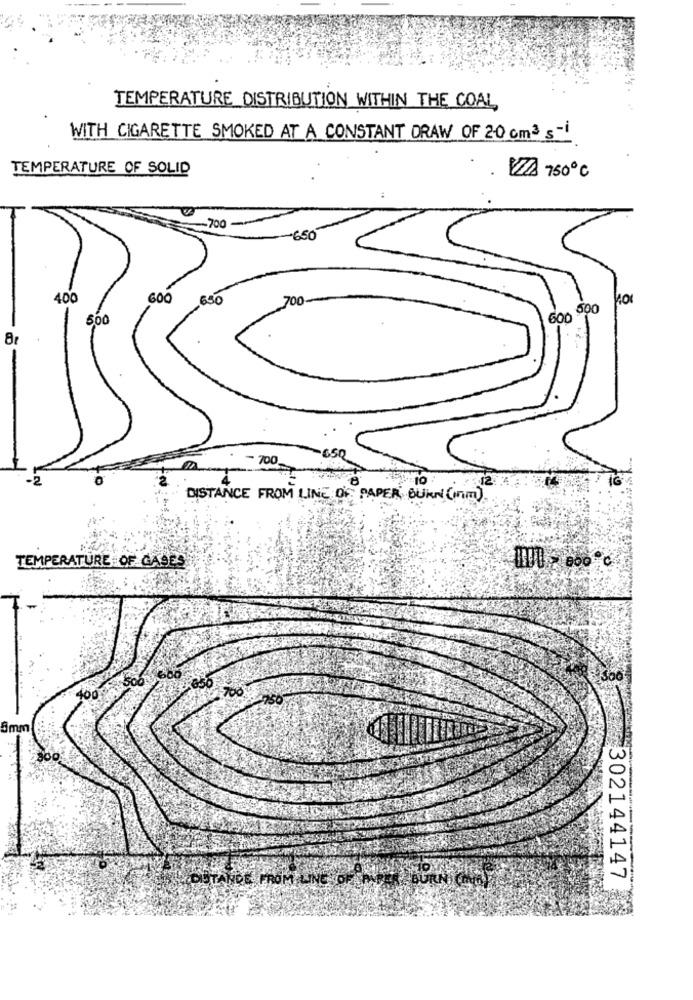
TEMPERATURE DISTRIBUTION WITHIN THE COAL
WITH CIGARETTE SMOKED AT A CONSTANT DRAW OF 20 cm3 s-1
TEMPERATURE OF SOLID
. ZZA 750℃
.700
-650
400
600
650
700
600 000
500
700
10
DISTANCE FROM LINE OF PAPER BURN (Im)
TEMPERATURE OF GASES
400
1050
700
5mm
302144147